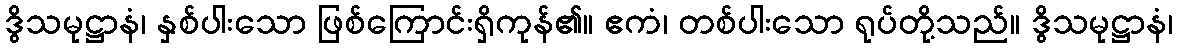
ဒွိသမုဋ္ဌာနံ၊ နှစ်ပါးသော ဖြစ်ကြောင်းရှိကုန်၏။ ဧကံ၊ တစ်ပါးသော ရုပ်တို့သည်။ ဒွိသမုဋ္ဌာနံ၊